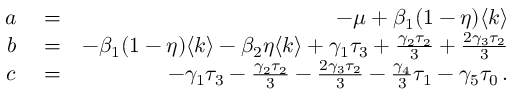
\begin{array} { r l r } { a } & { { } = } & { - \mu + \beta _ { 1 } ( 1 - \eta ) \langle k \rangle } \\ { b } & { { } = } & { - \beta _ { 1 } ( 1 - \eta ) \langle k \rangle - \beta _ { 2 } \eta \langle k \rangle + \gamma _ { 1 } \tau _ { 3 } + \frac { \gamma _ { 2 } \tau _ { 2 } } { 3 } + \frac { 2 \gamma _ { 3 } \tau _ { 2 } } { 3 } } \\ { c } & { { } = } & { - \gamma _ { 1 } \tau _ { 3 } - \frac { \gamma _ { 2 } \tau _ { 2 } } { 3 } - \frac { 2 \gamma _ { 3 } \tau _ { 2 } } { 3 } - \frac { \gamma _ { 4 } } { 3 } \tau _ { 1 } - \gamma _ { 5 } \tau _ { 0 } \, . } \end{array}